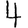
Digit: 4